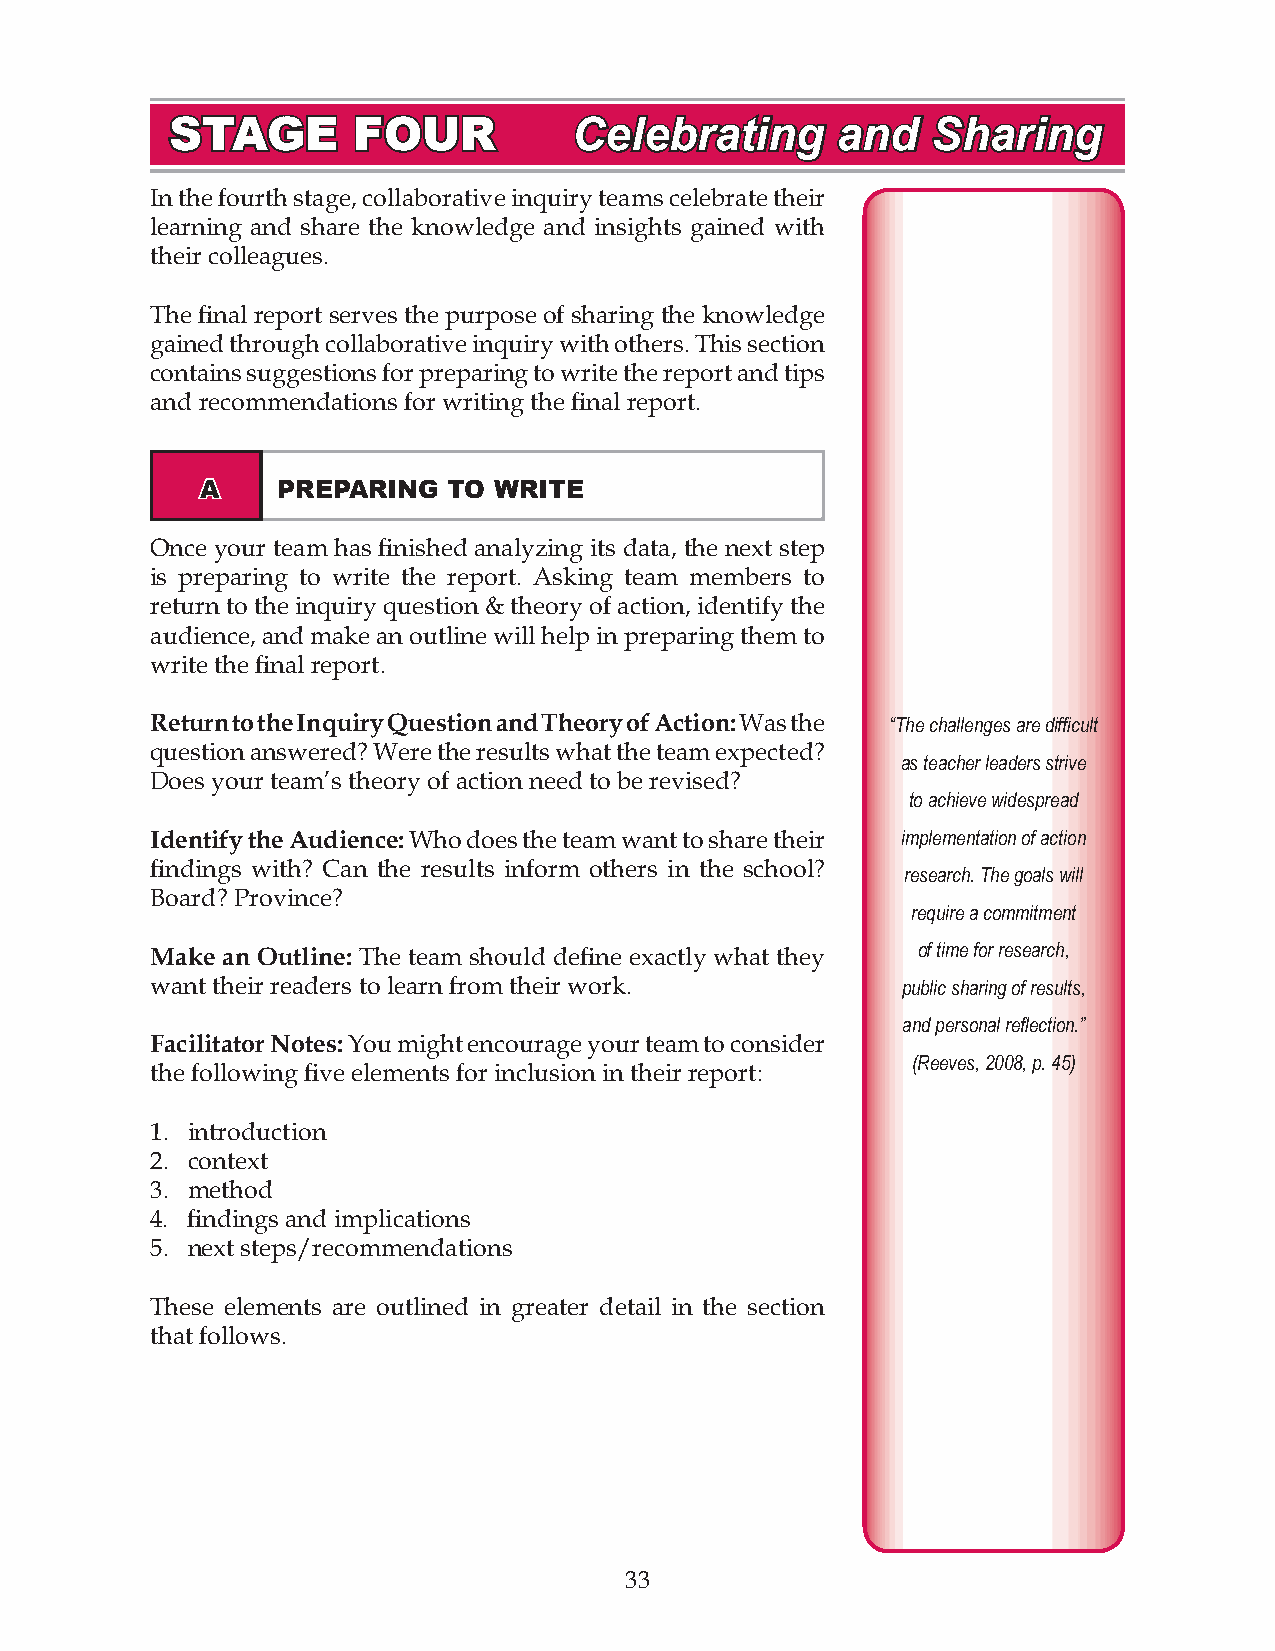
STAGE       FOUR           Celebrating      and    Sharing
 In the fourth stage, collaborative inquiry teams celebrate their
 learning and share the knowledge and insights gained with
 their colleagues.
 The final report serves the purpose of sharing the knowledge
 gained through collaborative inquiry with others. This section
 contains suggestions for preparing to write the report and tips
 and recommendations for writing the final report.
 A    PREPARING   TO WRITE
 Once your team has finished analyzing its data, the next step
 is preparing to write the report. Asking team members to
 return to the inquiry question & theory of action, identify the
 audience, and make an outline will help in preparing them to
 write the final report.
 Return to the Inquiry Question and Theory of Action: Was the “The challenges are difficult
 question answered? Were the results what the team expected?
 as teacher leaders strive
 Does your team’s theory of action need to be revised?
 to achieve widespread
 Identify the Audience: Who does the team want to share their implementation of action
 findings with? Can the results inform others in the school?
 research. The goals will
 Board? Province?
 require a commitment
 Make an Outline: The team should define exactly what they of time for research,
 want their readers to learn from their work.      public sharing of results,
 and personal reflection.”
 Facilitator Notes: You might encourage your team to consider
 (Reeves, 2008, p. 45)
 the following five elements for inclusion in their report:
 . introduction
 . context
 . method
 4. findings and implications
 . next steps/recommendations
 These elements are outlined in greater detail in the section
 that follows.
 